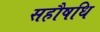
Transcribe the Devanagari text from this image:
सहौषधि